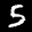
Label: 5